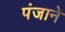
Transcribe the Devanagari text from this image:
पंजाने